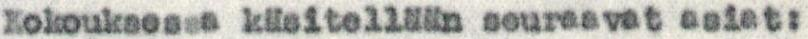
Kokouksessa käsitellään seuraavat asiat: